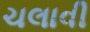
ચલાવી